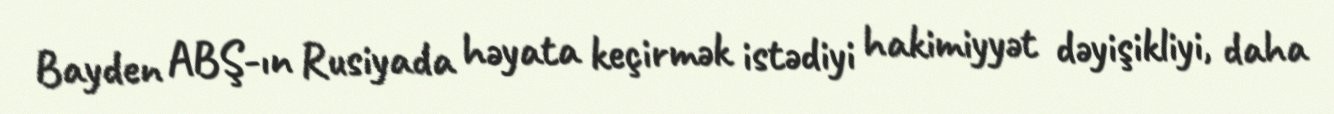
Bayden ABŞ-ın Rusiyada həyata keçirmək istədiyi hakimiyyət dəyişikliyi, daha